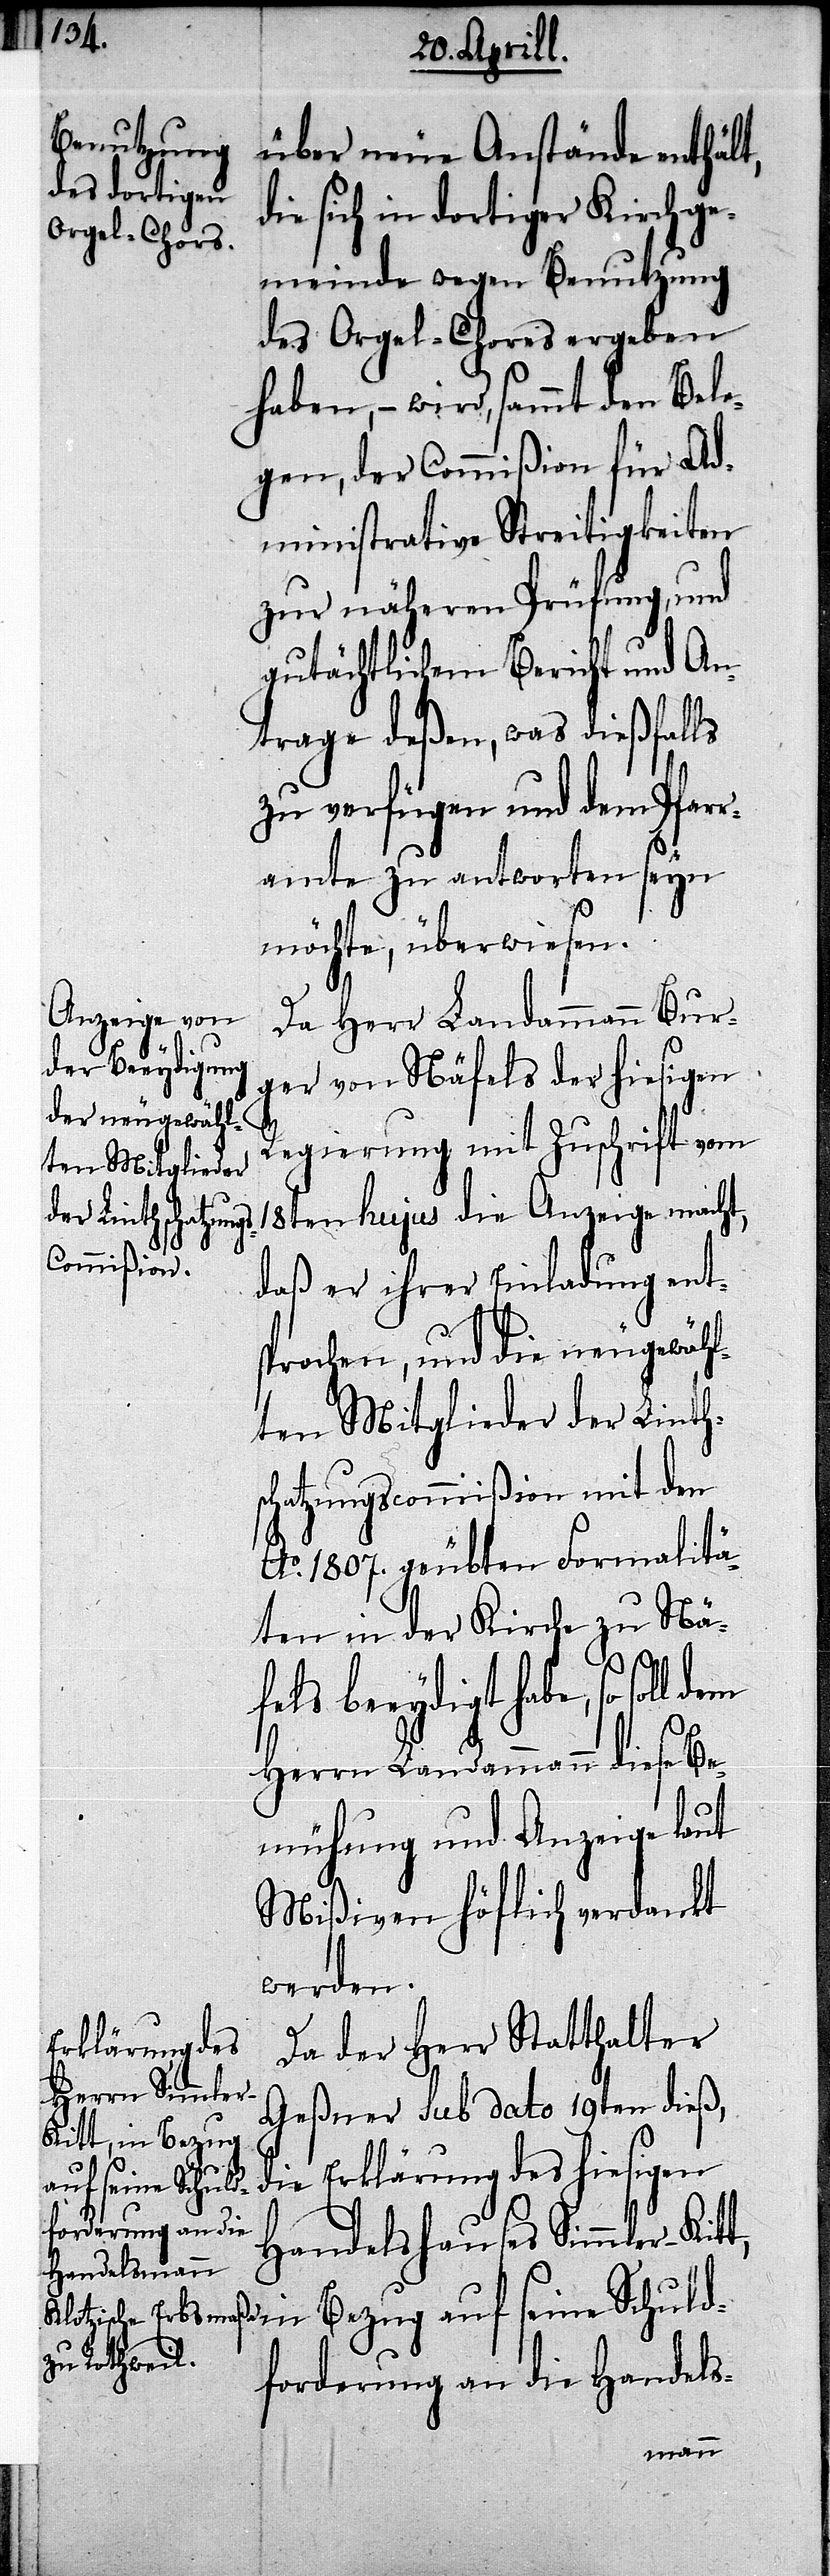
über neue Anstände enthält,
ie sich in dortiger Kirchge¬
meinde wegen Benutzung
des Orgel-Chores ergeben
haben,– wird, sammt den Bele¬
gen, der Commißion für Ad¬
ministrative Streitigkeiten
zur näheren Prüfung und
gutächtlichem Bericht und An¬
trage deßen, was dießfalls
zu verfügen und dem Pfarr¬
amte zu antworten seyn
möchte, überwiesen.
Da Herr Landammann Bur¬
ger von Näfels der hiesigen
d¬
Regierung mit Zuschrift vom
18ten hujus die Anzeige macht,
daß er ihrer Einladung ents¬
prochen, und die neugewähl¬
ten Mitglieder der Linths¬
chatzungscommißion mit den
Ao. 1807. geübten Formalitä¬
ten in der Kirche zu Nä¬
fels beeydigt habe, so soll
Herrn Landammann diese Be¬
mühung und Anzeige laut
Mißiven höflich verdankt
werden.
Da der Herr Statthalter
Geßner sub dato 19ten dieß,
itt, in Bezug
die Erklärung des hiesigen
auf seine Schuld¬
Handelshauses Simmler-K¬
forderung an die Handels-